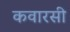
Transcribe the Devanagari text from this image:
कवारसी